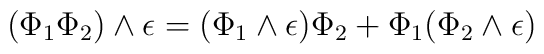
(\Phi_1 \Phi_2) \wedge \epsilon =	 (\Phi_1 \wedge \epsilon) \Phi_2 + \Phi_1 (\Phi_2 \wedge \epsilon)